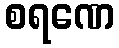
စရဏေ